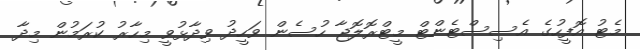
މެޓު އޮފީހުގެ އެސިސްޓެންޓް މީޓްރޮލޮޖާ ހުސެން ވަހީދު ވިދާޅުވީ މިހާރު ކުރަމުން މިދާ